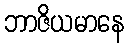
ဘာဇိယမာနေ